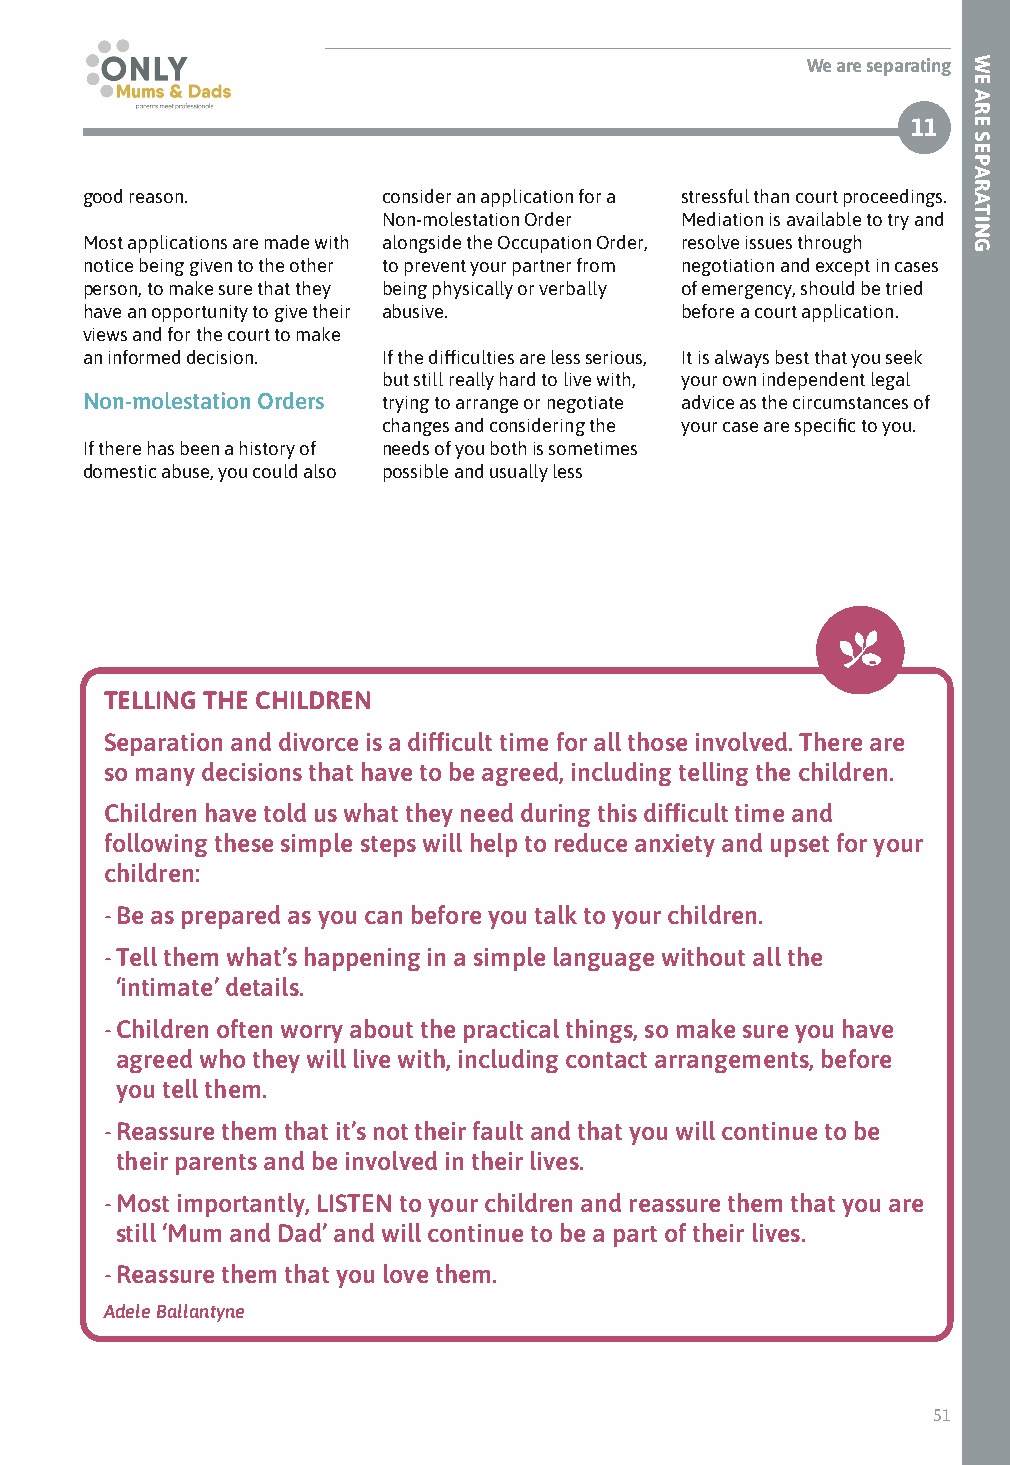
We are separating
 11
 good reason.        consider an application for a stressful than court proceedings.
 Non-molestation Order Mediation is available to try and
 Most applications are made with alongside the Occupation Order, resolve issues through
 notice being given to the other to prevent your partner from negotiation and except in cases
 person, to make sure that they being physically or verbally of emergency, should be tried
 have an opportunity to give their abusive. before a court application.
 views and for the court to make
 an informed decision. If the difficulties are less serious, It is always best that you seek
 but still really hard to live with, your own independent legal
 Non-molestation Orders trying to arrange or negotiate advice as the circumstances of
 changes and considering the your case are specific to you.
 If there has been a history of needs of you both is sometimes
 domestic abuse, you could also possible and usually less
 TELLING THE CHILDREN
 Separation and divorce is a difficult time for all those involved. There are
 so many decisions that have to be agreed, including telling the children.
 Children have told us what they need during this difficult time and
 following these simple steps will help to reduce anxiety and upset for your
 children:
 - Be as prepared as you can before you talk to your children.
 - Tell them what’s happening in a simple language without all the
 ‘intimate’ details.
 - Children often worry about the practical things, so make sure you have
 agreed who they will live with, including contact arrangements, before
 you tell them.
 - Reassure them that it’s not their fault and that you will continue to be
 their parents and be involved in their lives.
 - Most importantly, LISTEN to your children and reassure them that you are
 still ‘Mum and Dad’ and will continue to be a part of their lives.
 - Reassure them that you love them.
 Adele Ballantyne
 51
 WE
 ARE
 SEPARATING